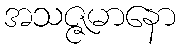
အသဇ္ဇမာနော